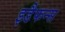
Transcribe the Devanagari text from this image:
इडैफन्स